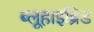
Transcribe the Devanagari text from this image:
ब्लूहाइब्रिड